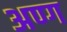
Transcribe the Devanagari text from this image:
अण्ग